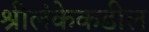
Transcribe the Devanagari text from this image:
श्रीलंकेकडील